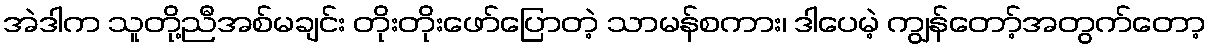
အဲဒါက သူတို့ညီအစ်မချင်း တိုးတိုးဖော်ပြောတဲ့ သာမန်စကား၊ ဒါပေမဲ့ ကျွန်တော့်အတွက်တော့